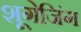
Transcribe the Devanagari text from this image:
शूगेजिंग